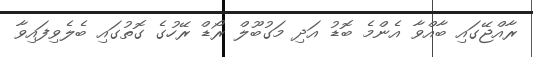
ރާއްޖޭގައި ބާއްވާ އެންމެ ބޮޑު އަދި މަގުބޫލް ރޯޑް ރޭހުގެ ގޮތުގައި ބެލެވިފައިވާ